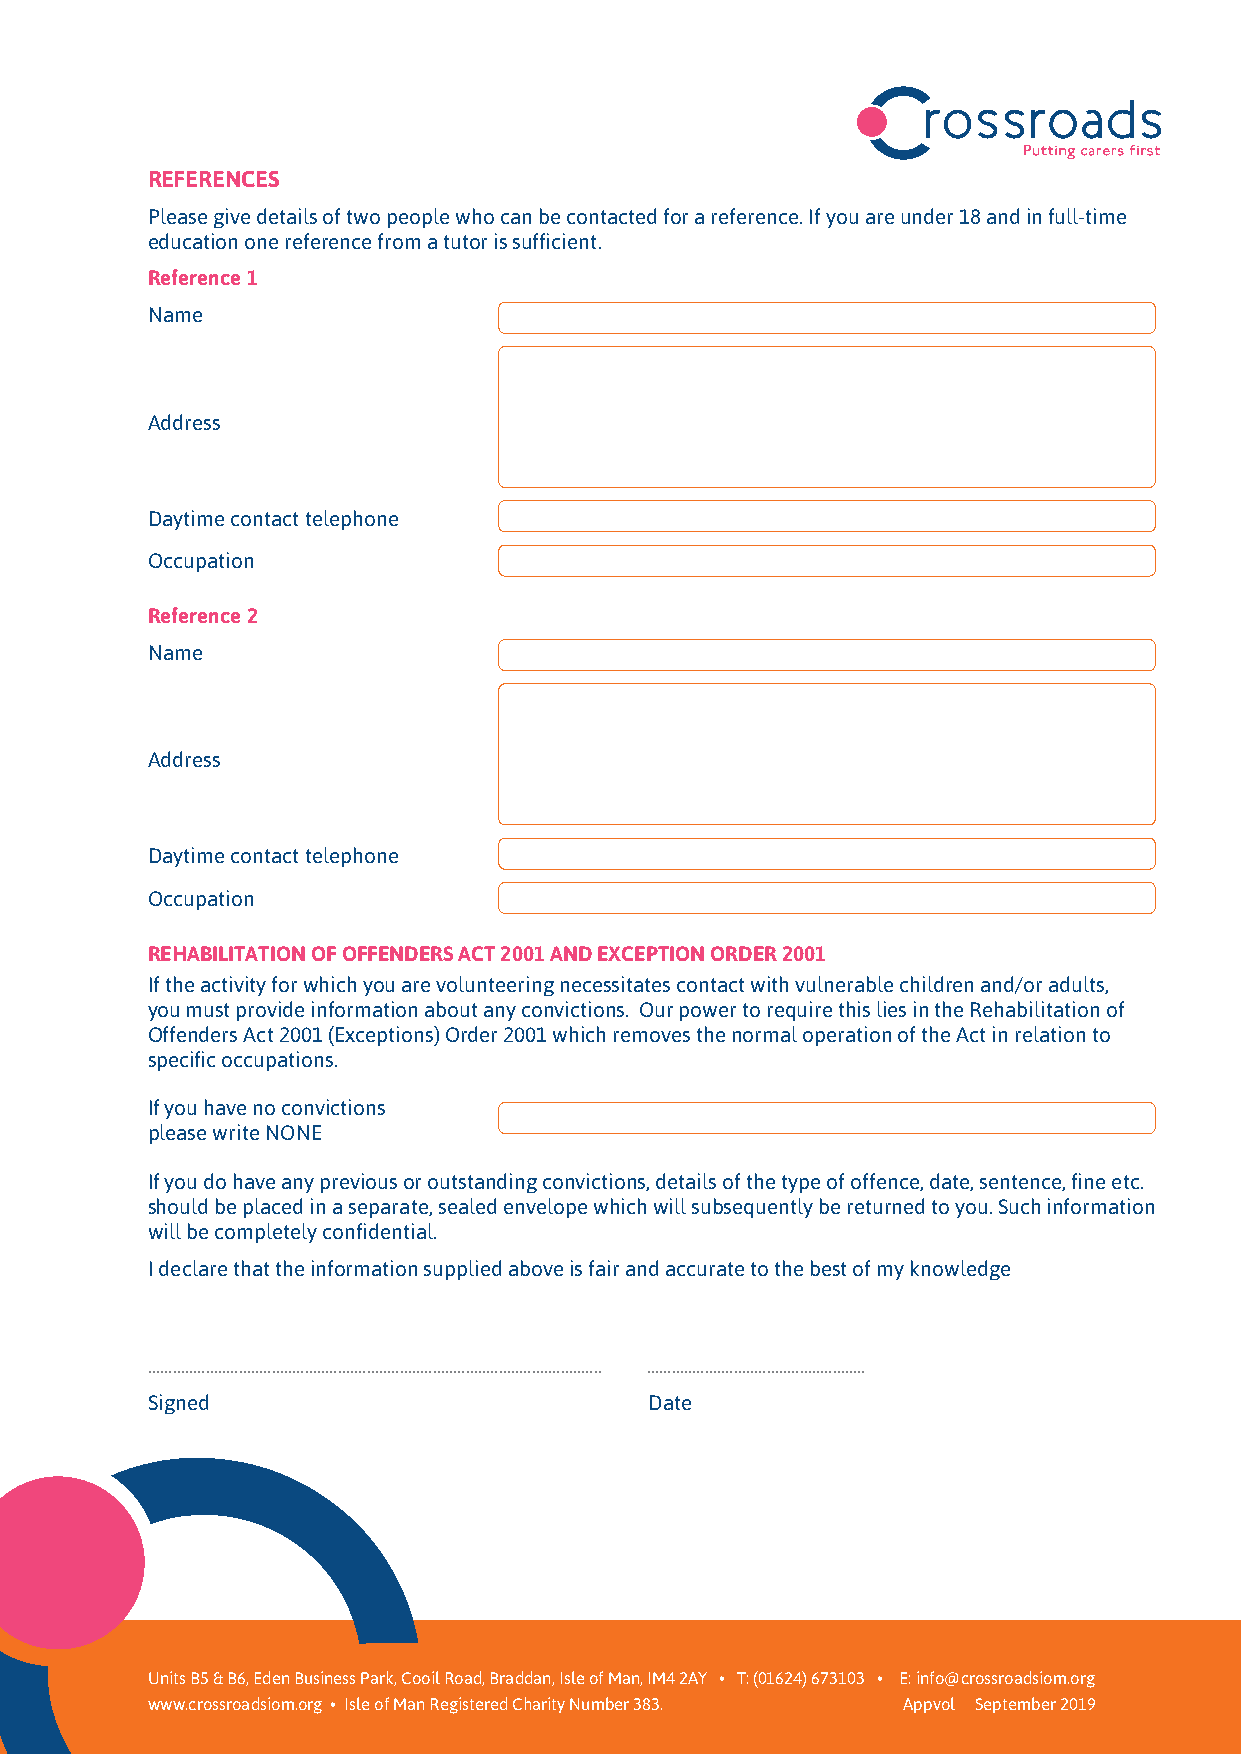
REFERENCES
 Please give details of two people who can be contacted for a reference. If you are under 18 and in full-time
 education one reference from a tutor is sufficient.
 Reference 1
 Name
 Address
 Daytime contact telephone
 Occupation
 Reference 2
 Name
 Address
 Daytime contact telephone
 Occupation
 REHABILITATION OF OFFENDERS ACT 2001 AND EXCEPTION ORDER 2001
 If the activity for which you are volunteering necessitates contact with vulnerable children and/or adults,
 you must provide information about any convictions. Our power to require this lies in the Rehabilitation of
 Offenders Act 2001 (Exceptions) Order 2001 which removes the normal operation of the Act in relation to
 specific occupations.
 If you have no convictions
 please write NONE
 If you do have any previous or outstanding convictions, details of the type of offence, date, sentence, fine etc.
 should be placed in a separate, sealed envelope which will subsequently be returned to you. Such information
 will be completely confidential.
 I declare that the information supplied above is fair and accurate to the best of my knowledge
 .............................................................................................................. .....................................................
 Signed                           Date
 Units B5 & B6, Eden Business Park, Cooil Road, Braddan, Isle of Man, IM4 2AY • T: (01624) 673103 • E: info@crossroadsiom.org
 www.crossroadsiom.org • Isle of Man Registered Charity Number 383. Appvol September 2019